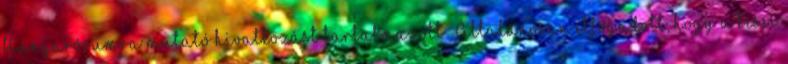
Hungarórumra mutató hivatkozást tartalmazott Általánosan elfogadott, hogy a kései